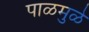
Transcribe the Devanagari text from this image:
पाळमुळे